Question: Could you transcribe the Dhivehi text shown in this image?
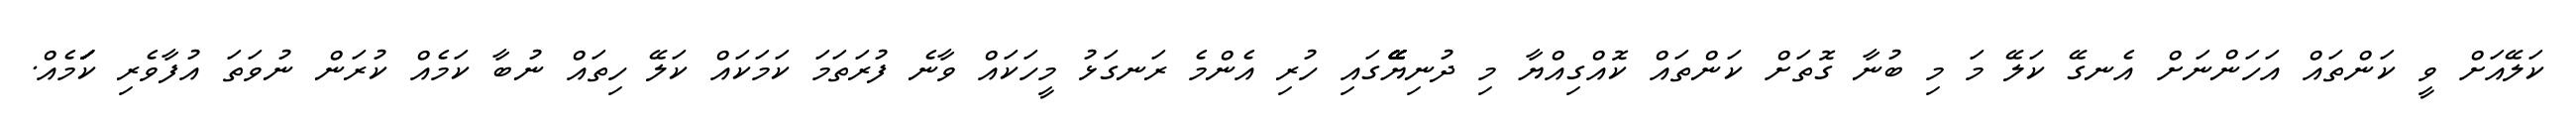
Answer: ކަލޭއަށް ވީ ކަންތައް އަހަންނަށް އެނގޭ ކަލޭ މަ މި ބުނާ ގޮތަށް ކަންތައް ކޮއްގިއްޔާ މި ދުނިޔޭޭޭޭޭޭގައި ހުރި އެންމެ ރަނގަޅު މީހަކައް ވާނެ ފުރަތަމަ ކަމަކައް ކަލޭ ހިތައް ނުބާ ކަމެއް ކުރަން ނުވަތަ އުފާވެރި ކަަަަަަމެއް.